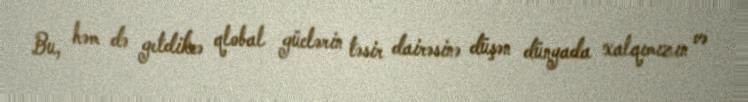
Bu, həm də getdikcə qlobal güclərin təsir dairəsinə düşən dünyada xalqımızın və